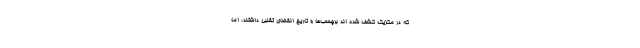
که در مکزیک کشف شده اند برچسب‌ها و تاریخ انقضای تقلبی داشتند،‌ اما